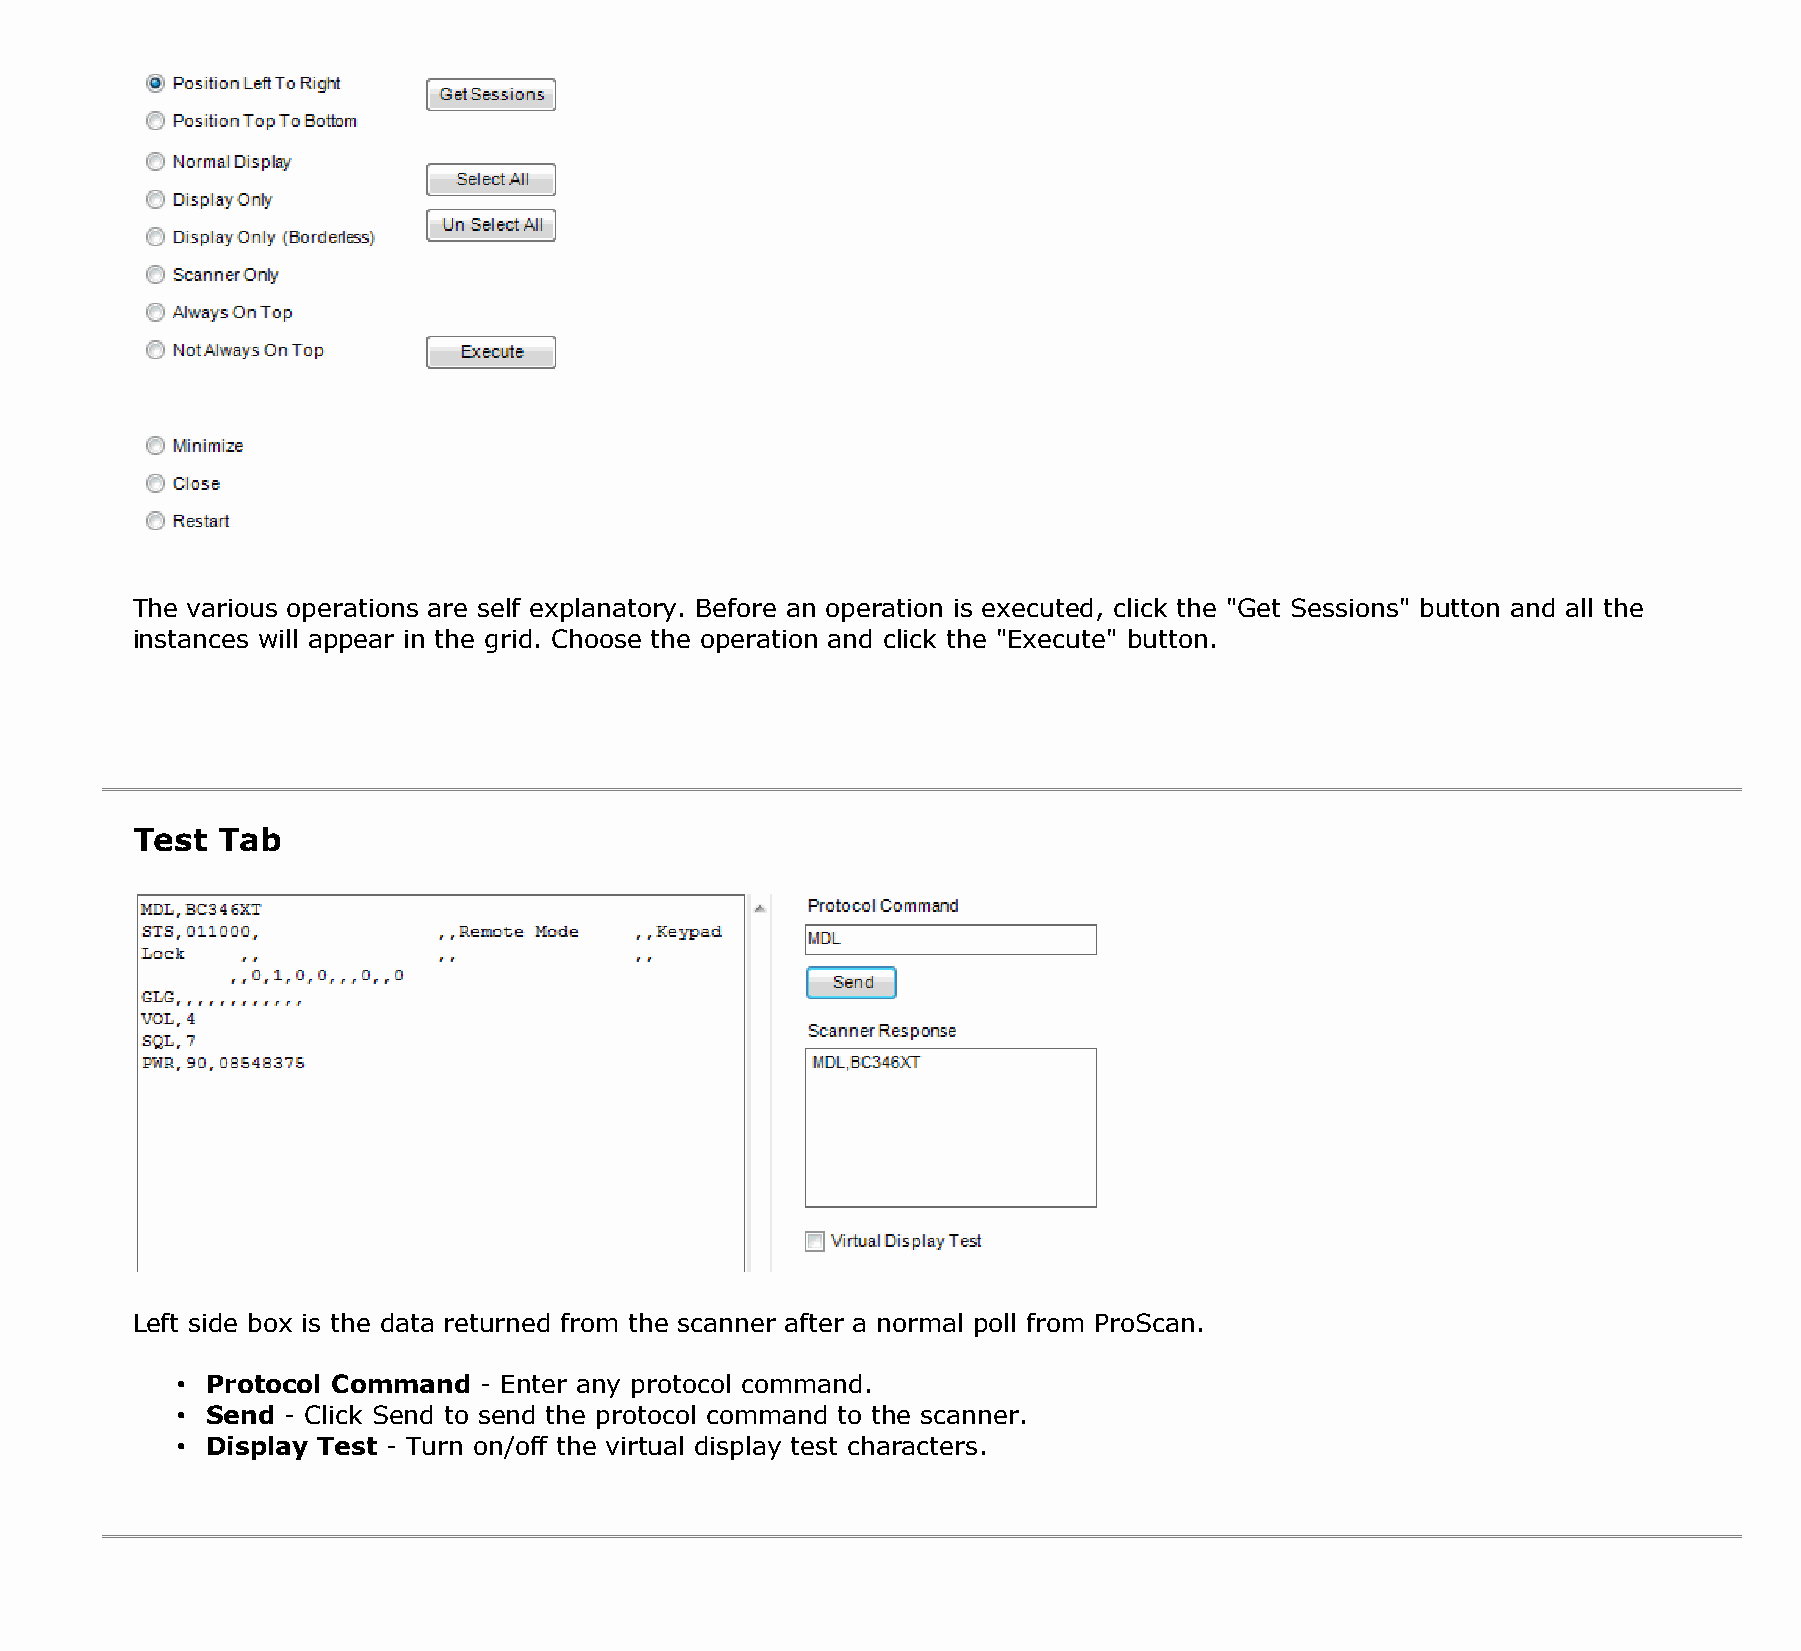
The various operations are self explanatory. Before an operation is executed, click the "Get Sessions" button and all the
 instances will appear in the grid. Choose the operation and click the "Execute" button.
 Test Tab
 Left side box is the data returned from the scanner after a normal poll from ProScan.
 • Protocol Command  - Enter any protocol command.
 • Send - Click Send to send the protocol command to the scanner.
 • Display Test - Turn on/off the virtual display test characters.